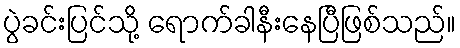
ပွဲခင်းပြင်သို့ ရောက်ခါနီးနေပြီဖြစ်သည်။